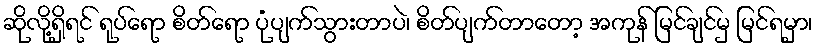
ဆိုလို့ရှိရင် ရုပ်ရော စိတ်ရော ပုံပျက်သွားတာပဲ၊ စိတ်ပျက်တာတော့ အကုန် မြင်ချင်မှ မြင်ရမှာ၊